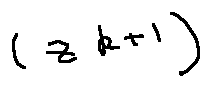
( z ^ { k + 1 } )